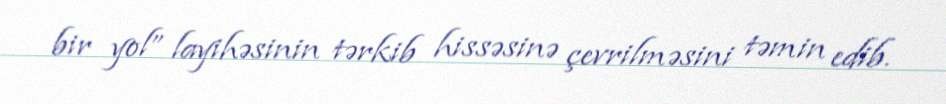
bir yol” layihəsinin tərkib hissəsinə çevrilməsini təmin edib.